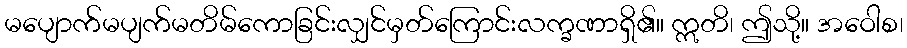
မပျောက်မပျက်မတိမ်ကောခြင်းလျှင်မှတ်ကြောင်းလက္ခဏာရှိ၏။ ဣတိ၊ ဤသို့။ အဝေါစ၊